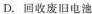
D.回收废旧电池